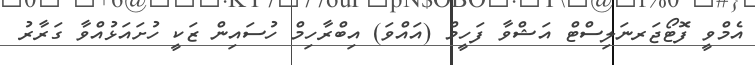
އެމްވީ ފޮޓޯޖަރނަލިސްޓް އަޝްވާ ފަހީމް (އައްވަ) އިބްރާހިމް ހުސައިން ޒަކީ ހުށައަޅުއްވާ ގަރާރު